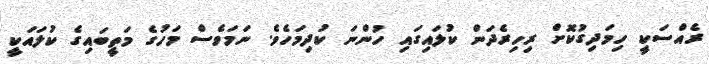
ރެއްސަކީ ހިމަދިގުކޮށް ރިހިރެދަން ކުލައިގައި ހުންނަ ކުދިމަހެވެ. ނަމަވެސް މަހުގެ މަތީބައިގެ ކުލައަކީ